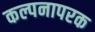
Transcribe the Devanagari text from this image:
कल्पनापरक